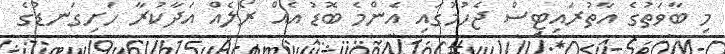
މި ބާވަތުގެ އާތުރައިޓިސް ޖެހުމުގައި އެންމެ ބޮޑު އެއް ރޯލެއް އަދާކުރާ ހަށިގަނޑުގެ